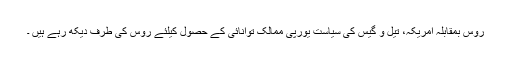
روس بمقابلہ امریکہ، تیل و گیس کی سیاست یورپی ممالک توانائی کے حصول کیلئے روس کی طرف دیکھ رہے ہیں ۔